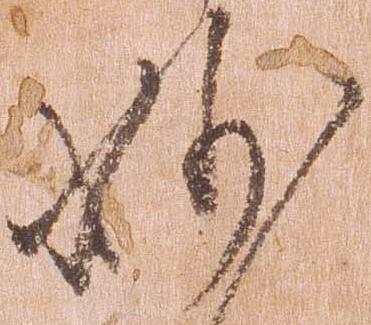
妙